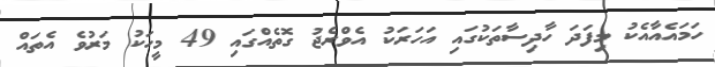
ހަމައެއާއެކު މިފަދަ ހާދިސާތަކުގައި އަހަރަކު އެވްރެޖު ގޮތެއްގައި 49 މީހަކު މަރުވެ އެތައް